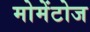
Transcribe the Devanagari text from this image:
मोमेंटोज